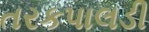
તરકપાલડી